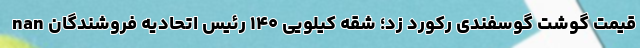
nan قیمت گوشت گوسفندی رکورد زد؛ شقه کیلویی ۱۴۰ رئیس اتحادیه فروشندگان